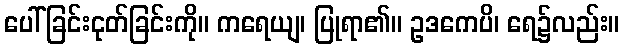
ပေါ်ခြင်းငုတ်ခြင်းကို။ ကရေယျ၊ ပြုရာ၏။ ဥဒကေပိ၊ ရေ၌လည်း။